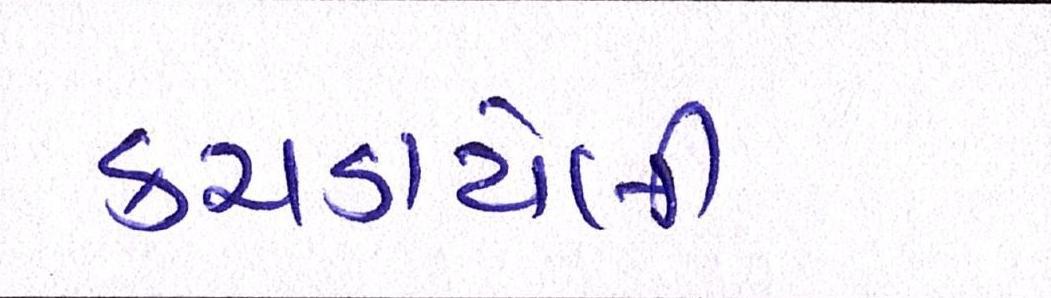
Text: કચડાયેલી